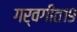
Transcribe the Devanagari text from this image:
गर्वगीत१९